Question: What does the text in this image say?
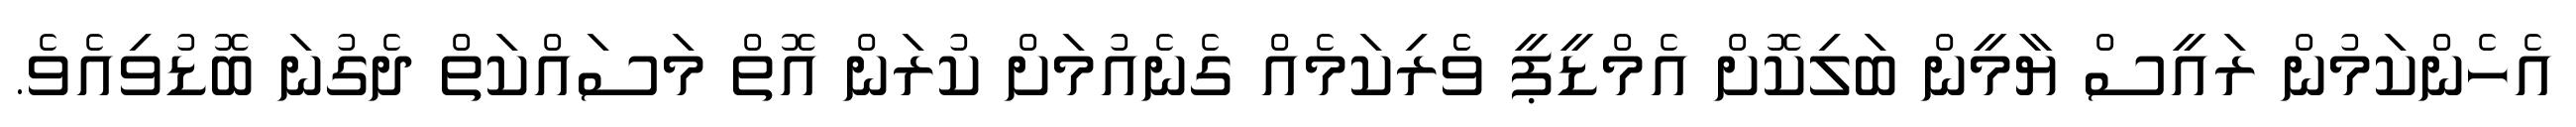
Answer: އެހެންކަމުން ރައީސް ޔާމީން ބަލިކޮށް އެމްޑީޕީ ވެެރިކަމެއް ގެނެއުމަށް ކުރަން އޮތް މަސައްކަތް ދެގުނަ ބޮޑުވިއެވެ.